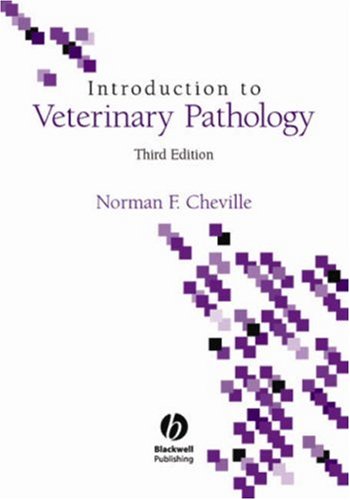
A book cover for Introduction to Veterinary Pathology; Norman F. Cheville; Medical Books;